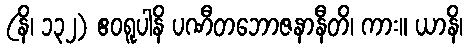
(နိ၊ ၁၃၂) ဧဝရူပါနိ ပဏီတဘောဇနာနီတိ၊ ကား။ ယာနိ၊